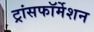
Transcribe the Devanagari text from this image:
ट्रांसफॉर्मेशन